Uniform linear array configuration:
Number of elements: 64
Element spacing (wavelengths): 1
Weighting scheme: exponential
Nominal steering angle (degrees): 60
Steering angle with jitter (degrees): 59.255
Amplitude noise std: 0.05
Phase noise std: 0.05

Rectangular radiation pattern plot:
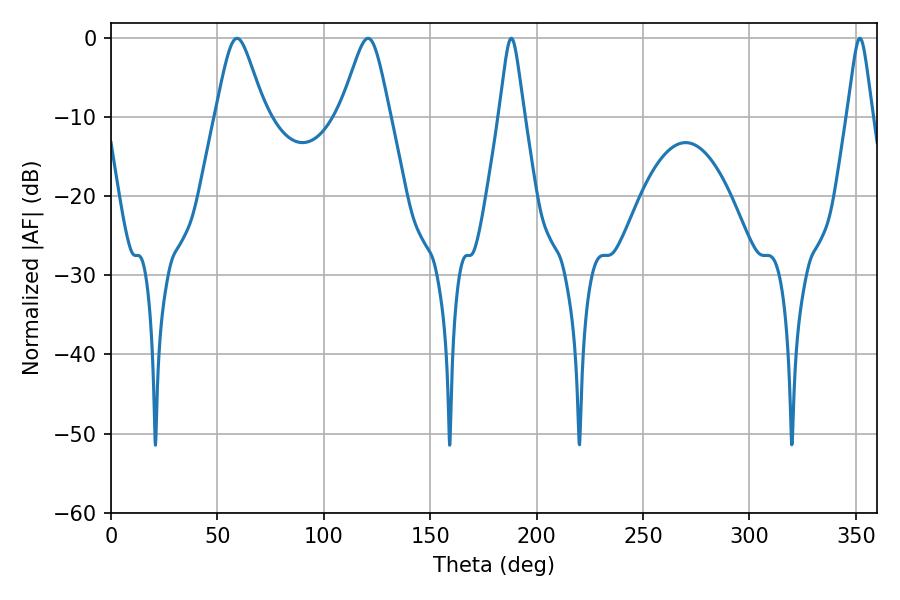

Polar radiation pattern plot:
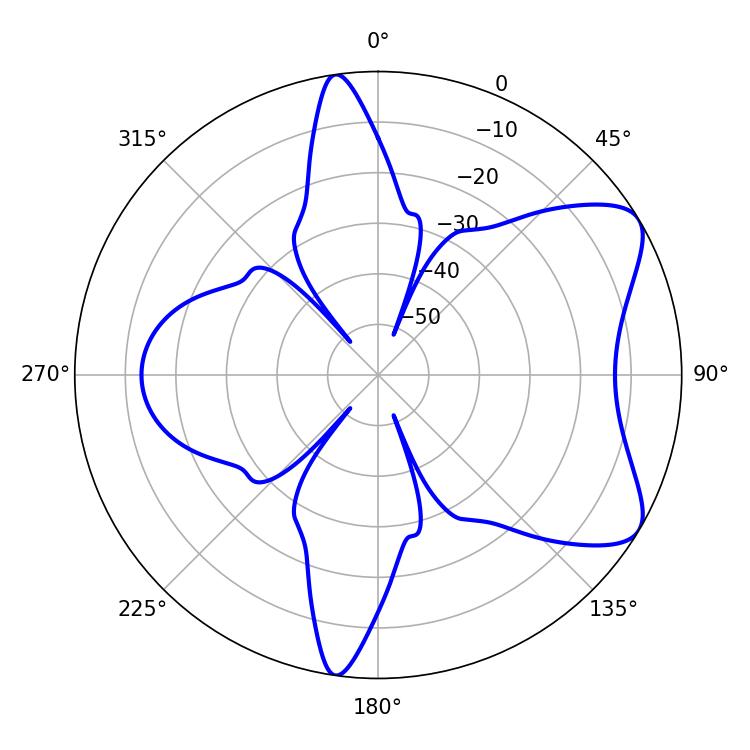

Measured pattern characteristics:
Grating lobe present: TRUE
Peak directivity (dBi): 7.292
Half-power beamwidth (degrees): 5.76
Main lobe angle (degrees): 188.1